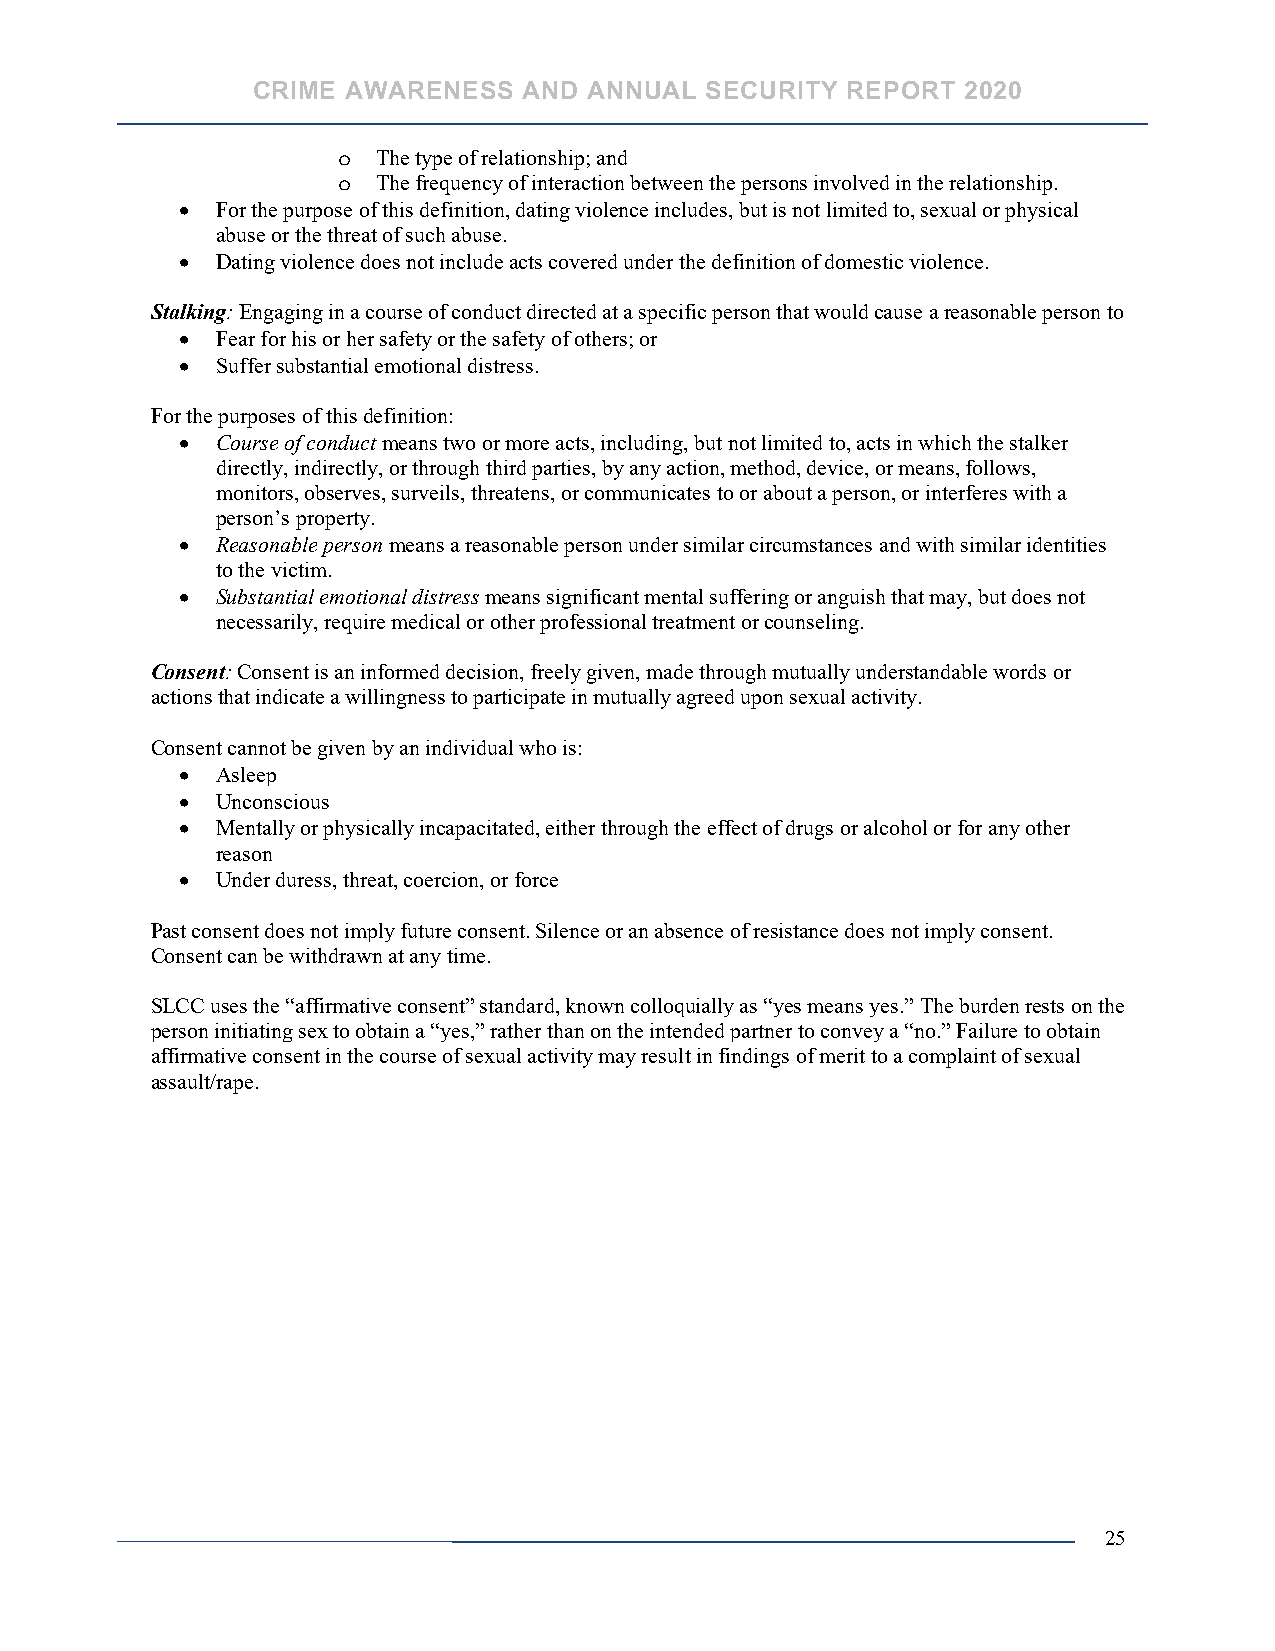
CRIME AWARENESS   AND ANNUAL  SECURITY REPORT  2020
 o  The type of relationship; and
 o  The frequency of interaction between the persons involved in the relationship.
 • For the purpose of this definition, dating violence includes, but is not limited to, sexual or physical
 abuse or the threat of such abuse.
 • Dating violence does not include acts covered under the definition of domestic violence.
 Stalking: Engaging in a course of conduct directed at a specific person that would cause a reasonable person to
 • Fear for his or her safety or the safety of others; or
 • Suffer substantial emotional distress.
 For the purposes of this definition:
 • Course of conduct means two or more acts, including, but not limited to, acts in which the stalker
 directly, indirectly, or through third parties, by any action, method, device, or means, follows,
 monitors, observes, surveils, threatens, or communicates to or about a person, or interferes with a
 person’s property.
 • Reasonable person means a reasonable person under similar circumstances and with similar identities
 to the victim.
 • Substantial emotional distress means significant mental suffering or anguish that may, but does not
 necessarily, require medical or other professional treatment or counseling.
 Consent: Consent is an informed decision, freely given, made through mutually understandable words or
 actions that indicate a willingness to participate in mutually agreed upon sexual activity.
 Consent cannot be given by an individual who is:
 • Asleep
 • Unconscious
 • Mentally or physically incapacitated, either through the effect of drugs or alcohol or for any other
 reason
 • Under duress, threat, coercion, or force
 Past consent does not imply future consent. Silence or an absence of resistance does not imply consent.
 Consent can be withdrawn at any time.
 SLCC uses the “affirmative consent” standard, known colloquially as “yes means yes.” The burden rests on the
 person initiating sex to obtain a “yes,” rather than on the intended partner to convey a “no.” Failure to obtain
 affirmative consent in the course of sexual activity may result in findings of merit to a complaint of sexual
 assault/rape.
 25